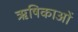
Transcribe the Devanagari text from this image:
ऋषिकाओं